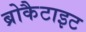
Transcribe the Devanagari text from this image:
ब्रोकैटाइट